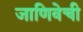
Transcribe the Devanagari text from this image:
जाणिवेची